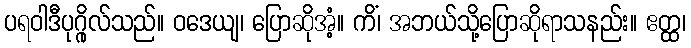
ပရဝါဒီပုဂ္ဂိုလ်သည်။ ဝဒေယျ၊ ပြောဆိုအံ့။ ကိံ၊ အဘယ်သို့ပြောဆိုရာသနည်း။ ဧတ္ထ၊